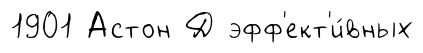
1901 Астон Д эфф'ект'и́вных